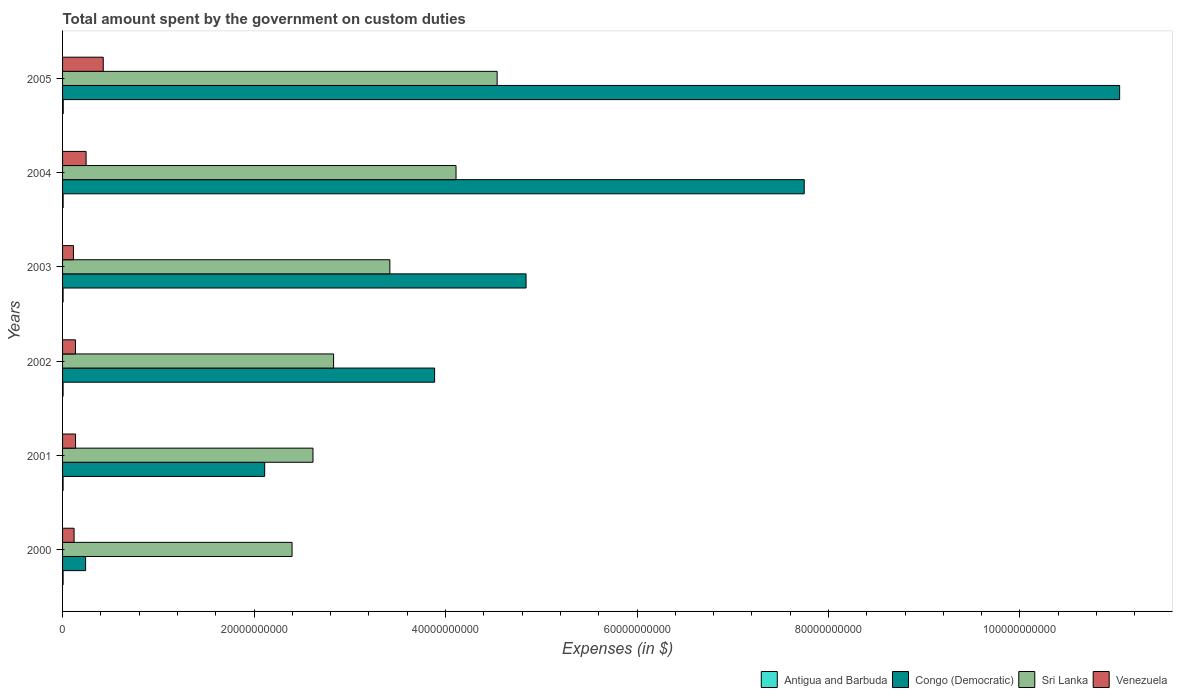
| Years | Antigua and Barbuda | Congo (Democratic) | Sri Lanka | Venezuela |
 | --- | --- | --- | --- | --- |
 | 2000 | 5.67e+07 | 2.41e+09 | 2.4e+10 | 1.2e+09 |
 | 2001 | 5.59e+07 | 2.11e+10 | 2.62e+10 | 1.36e+09 |
 | 2002 | 5.46e+07 | 3.89e+10 | 2.83e+10 | 1.35e+09 |
 | 2003 | 5.7e+07 | 4.84e+10 | 3.42e+10 | 1.14e+09 |
 | 2004 | 6.05e+07 | 7.75e+10 | 4.11e+10 | 2.46e+09 |
 | 2005 | 7.12e+07 | 1.1e+11 | 4.54e+10 | 4.25e+09 |